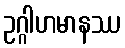
ဥဂ္ဂါဟမာနဿ